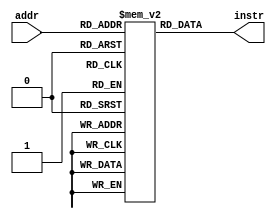
`timescale 1ns / 1ps
//////////////////////////////////////////////////////////////////////////////////
// Company: 
// Engineer: 
// 
// Design Name: 
// Module Name: instr_mem
// Project Name: 
// Target Devices: 
// Tool Versions: 
// Description: 
// 
// Dependencies: 
// 
// Revision:
// Revision 0.01 - File Created
// Additional Comments:
// 
//////////////////////////////////////////////////////////////////////////////////


module instr_mem(
input [3:0] addr,
output reg [7:0] instr
);

reg [7:0] mem [15:0]; //16 locations, each of 8-bits

//programming the instructions of Fibonacci sequence
initial
begin
  mem[0] = 8'b00001000;  // load zero to A
  mem[1] = 8'b00011001;  // load 1 to B
  mem[2] = 8'b00100000;  // push A to output
  mem[3] = 8'b00010000;  // Add A to B
  mem[4] = 8'b01110000;  // If A+B produces carry, then jump to start
  mem[5] = 8'b00000000;  // Swap A and B
  mem[6] = 8'b00010100;  // Swap A and B
  mem[7] = 8'b00000100;  // Swap A and B
  mem[8] = 8'b10110010;  // jump to 3rd instruction
end

always @(*)
  instr = mem[addr];

endmodule